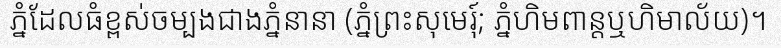
ភ្នំដែលធំខ្ពស់ចម្បងជាងភ្នំនានា (ភ្នំព្រះសុមេរុ៍; ភ្នំហិមពាន្តឬហិមាល័យ)។